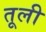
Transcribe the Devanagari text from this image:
तूली